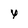
Character: y